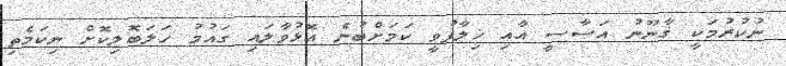
ނުކުރުމަކީ ޤާނޫނު އަސާސީ އާއި ޚިލާފުވީ ކަމަށްބުނެ އޮޅުވާލައި ގައުމު ހަލަބޮލިކޮށް ނިކަމެތި